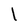
Character: l